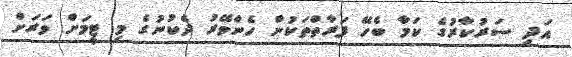
އަދި ސަރުކާރުގެ ކަމާ ބެހޭ ފަރާތްތަކުން ހެންވޭރު ދެކުނުގެ މި ޓީމަށް ވަރަަށް